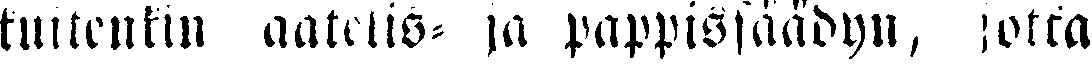
kuitenkin aatelis- ja pappissäädyn, jotka